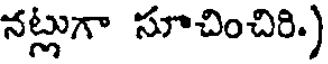
నట్లుగా సూచించిరి.)